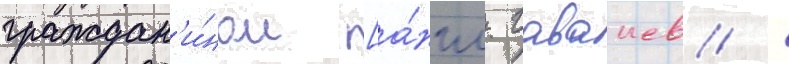
граждан'и́ном [а́нгл. гаваиев /